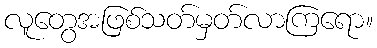
လူတွေအဖြစ်သတ်မှတ်လာကြရော။